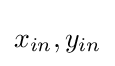
x_{in},y_{in}